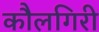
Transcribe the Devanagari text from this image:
कौलगिरी